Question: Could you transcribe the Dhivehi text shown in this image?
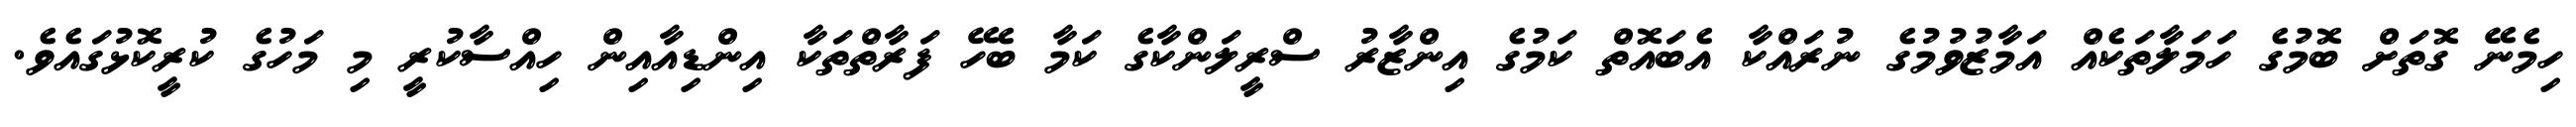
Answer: ހިމެނޭ ގޮތަށް ބޮމުގެ ހަމަލާތަކެއް އަމާޒުވުމުގެ ނުރައްކާ އެބައޮތް ކަމުގެ އިންޒާރު ސްރީލަންކާގެ ކަމާ ބެހޭ ފަރާތްތަކާ އިންޑިއާއިން ހިއްސާކުރީ މި މަހުގެ ކުރީކޮޅުގައެވެ.